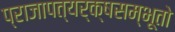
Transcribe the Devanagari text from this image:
प्राजापत्यर्क्षसम्भूतो